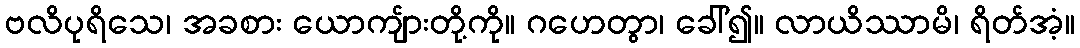
ဗလိပုရိသေ၊ အခစား ယောကျ်ားတို့ကို။ ဂဟေတွာ၊ ခေါ်၍။ လာယိဿာမိ၊ ရိတ်အံ့။